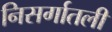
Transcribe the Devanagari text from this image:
निसर्गातली